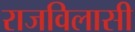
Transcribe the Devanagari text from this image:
राजविलासी